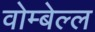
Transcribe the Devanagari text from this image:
वोम्बेल्ल